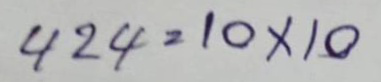
424 = 10x10